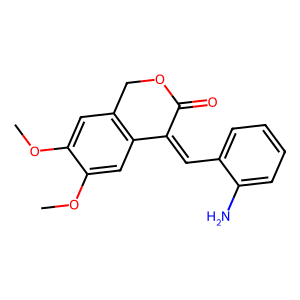
SMILES: COc1cc2c(cc1OC)C(=Cc1ccccc1N)C(=O)OC2
Inhibits HIV replication: No